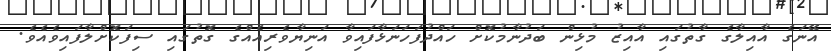
އޭނަގެ އާއިލާގެ ގާތުގައި އާއިޒު މުޅިން ބަދުނާމުކޮށް ހައްދުފަހަނަޅާފައިވާ އަނިޔާވެރިއެއްގެ ގޮތުގައި ސިފަކޮށްލާފައިވެއެވެ.